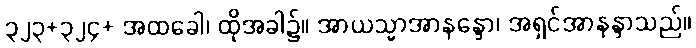
၃၂၃+၃၂၄+ အထခေါ၊ ထိုအခါ၌။ အာယသ္မာအာနန္ဒော၊ အရှင်အာနန္ဒာသည်။